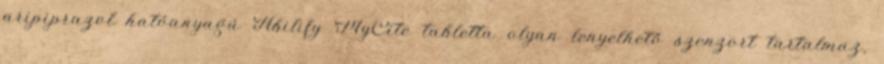
aripiprazol hatóanyagú Abilify MyCite tabletta olyan lenyelhető szenzort tartalmaz,